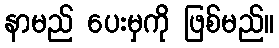
နာမည် ပေးမှကို ဖြစ်မည်။